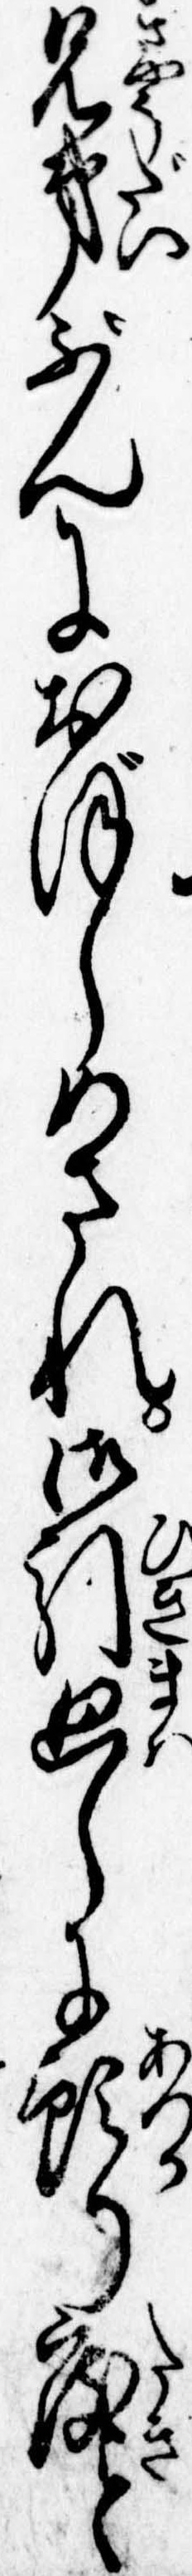
兄弟ぶんにおぼしめされ御引廻しに預り度と